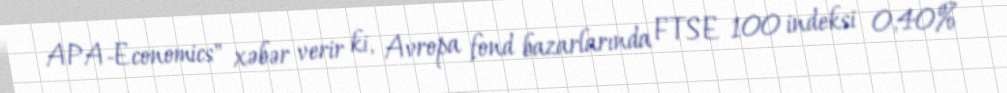
APA-Economics" xəbər verir ki, Avropa fond bazarlarında FTSE 100 indeksi 0,40%